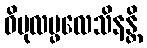
ဝိပုလပ္ဖလေသိနန္တိ